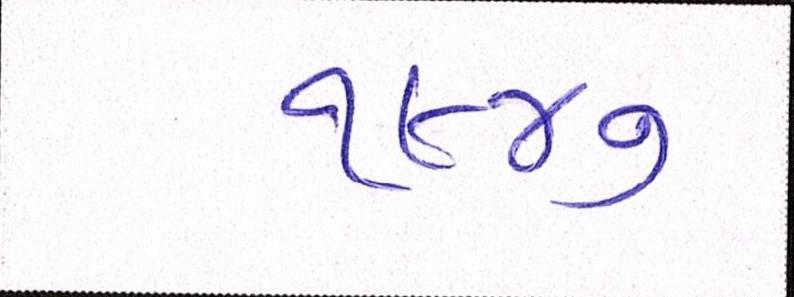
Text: ૧૬૪૭